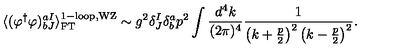
\langle ( \varphi ^ { \dagger } \varphi ) _ { b J } ^ { a I } \rangle _ { \mathrm { F T } } ^ { \mathrm { 1 - l o o p , W Z } } \sim g ^ { 2 } \delta _ { J } ^ { I } \delta _ { b } ^ { a } p ^ { 2 } \int \frac { d ^ { 4 } k } { ( 2 \pi ) ^ { 4 } } \frac { 1 } { \left( k + \frac { p } { 2 } \right) ^ { 2 } \left( k - \frac { p } { 2 } \right) ^ { 2 } } .